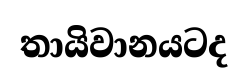
තායිවානයටද